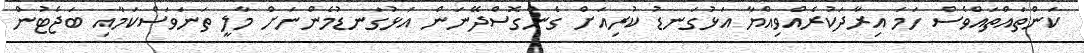
ކަންތައްތައްވެސް ހަމަ އިރާދަކުރެއްވިއްޔާ އަޅުގަނޑު ކުރިއަށް ގެންގޮސްދޭނަން އަޅުގަނޑުމެންނަށް މާލީ ތަނަވަސްކަމާއި ބަޖެޓުން